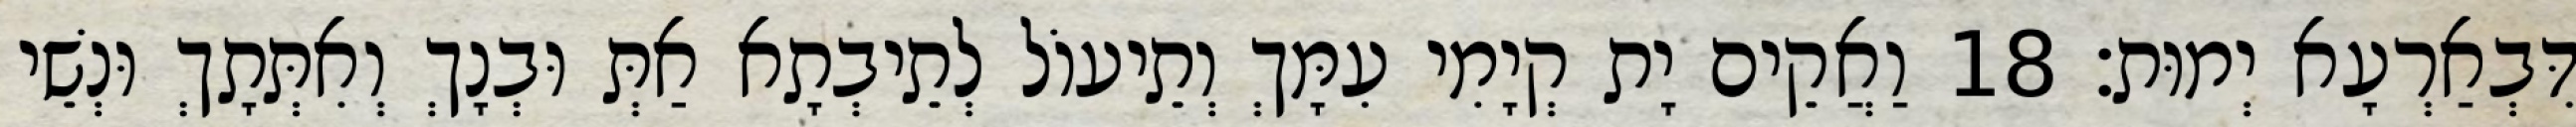
דִּבְאַרְעָא יְמוּת׃ 18 וַאֲקֵים יָת קְיָמִי עִמָּךְ וְתֵיעוֹל לְתֵיבְתָא אַתְּ וּבְנָךְ וְאִתְּתָךְ וּנְשֵׁי